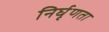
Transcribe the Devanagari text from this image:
निर्घृणता